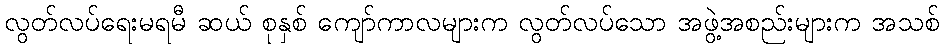
လွတ်လပ်ရေးမရမီ ဆယ် စုနှစ် ကျော်ကာလများက လွတ်လပ်သော အဖွဲ့အစည်းများက အသစ်